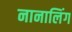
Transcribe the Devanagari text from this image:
नानालिंग